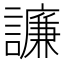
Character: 譧